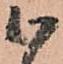
候